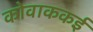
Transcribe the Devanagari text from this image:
कोवाककई